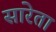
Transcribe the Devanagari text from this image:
सारेता